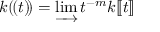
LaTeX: k ( \! ( t ) \! ) = \varinjlim t ^ { - m } k [ \! [ t ] \! ]